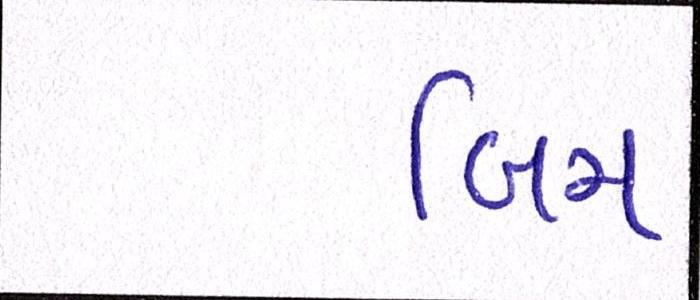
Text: બિમ